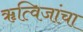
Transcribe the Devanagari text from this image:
ॠत्विजांचा